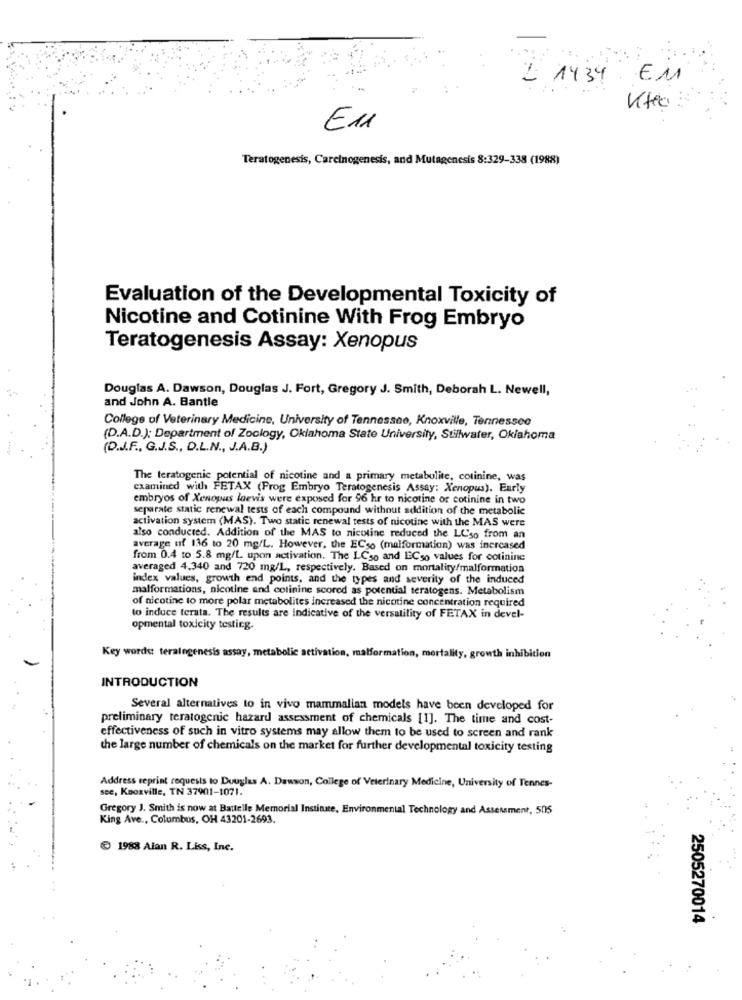
1434 EM
E11
Teratogenesis, Carcinogenesis, and Mutagenesis 8:329-338 (1988)
Evaluation of the Developmental Toxicity of
Nicotine and Cotinine With Frog Embryo
Teratogenesis Assay: Xenopus
Douglas A. Dawson, Douglas J. Fort, Gregory J. Smith, Deborah L. Newell,
and John A. Bantle
College of Veterinary Medicine, University of Tennessee, Knoxville, Tennessee
(D.A.D.); Department of Zoology, Oklahoma State University, Stillwater, Oklahoma
(D.J.F ., G.J.S ., D.L.N ., J.A.B.)
The teratogenic potential of nicotine and a primary metabolite, cotinine, was
examined with FETAX (Frog Embryo Teratogenesis Assay: Xenopus). Early
embryos of Xenopus laevis were exposed for 96 hr to nicotine or cotinine in two
separate static renewal tests of each compound without addition of the metabolic
activation system (MAS). Two static renewal tests of nicotine with the MAS were
also conducted. Addition of the MAS to nicotine reduced the LCso from an
average uf 136 to 20 mg/L. However, the ECso (malformation) was increased
from 0.4 to 5.8 mg/L upon activation. The L.Cso and ECso values for cotinine
averaged 4.340 and 720 mg/L, respectively. Based on mortality/malformation
index values, growth end points, and the types and severity of the induced
malformations, nicotine and colinine scored as potential teratogens. Metabolism
of nicotine to more polar metabolites increased the nicotine concentration required
to induce terata. The results are indicative of the versatility of FETAX in devel-
opmental toxicity testing.
Key words: teraingenesis assay, metabolic activation, malformation, mortality, growth inhibition
INTRODUCTION
Several alternatives to in vivo mammalian models have been developed for
preliminary teratogenic hazard assessment of chemicals [1]. The time and cost-
effectiveness of such in vitro systems may allow them to be used to screen and rank
the large number of chemicals on the market for further developmental toxicity testing
see, Knoxville, TN 37901-1071.
Address reprint requests to Douglas A. Dawson, College of Veterinary Medicine, University of Tennes-
Gregory J. Smith is now at Battelle Memorial Institute, Environmental Technology and Assessment, 505
King Ave ., Columbus, OH 43201-2693.
1988 Alan R. Liss, Inc.
2505270014